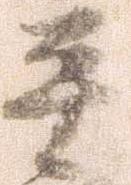
平